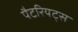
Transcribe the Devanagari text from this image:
पैटरियट्स